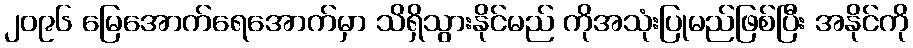
၂၀၉၆ မြေအောက်ရေအောက်မှာ သိရှိသွားနိုင်မည် ကိုအသုံးပြုမည်ဖြစ်ပြီး အနိုင်ကို